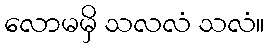
လောမမှိ သလလံ သလံ။